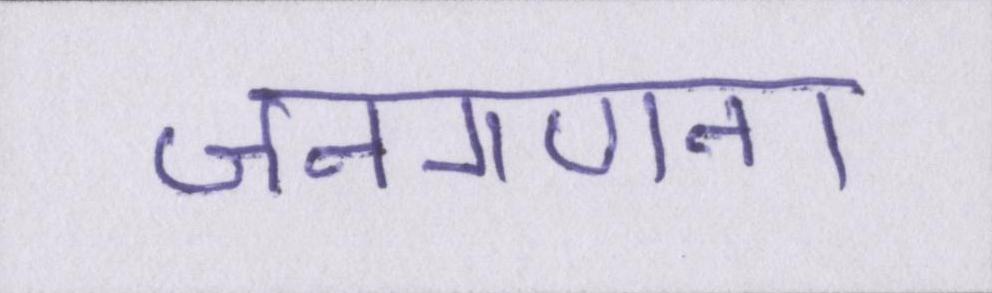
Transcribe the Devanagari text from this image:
जनगणना